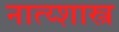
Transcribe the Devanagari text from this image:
नात्य्शास्त्र